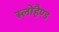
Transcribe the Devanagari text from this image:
स्लोहैण्ड